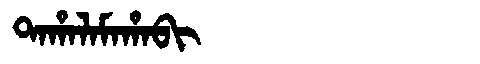
Manchu: ᡨᠠᡥᠠᠯᠠᠮᠠᡥᠠᠪᡳ
Romanization: TAHALAMAHABI